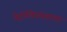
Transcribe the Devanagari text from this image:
पेट्रोलियमवाला